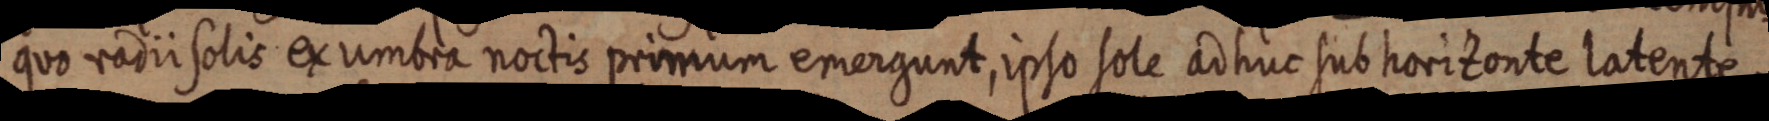
quo radii solis ex umbra noctis primum emergunt, ipso sole ad huc sub horizonte latente.